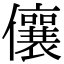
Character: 儴